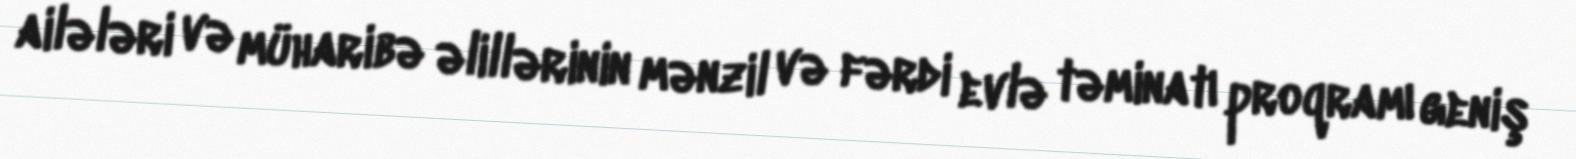
ailələri və müharibə əlillərinin mənzil və fərdi evlə təminatı proqramı geniş